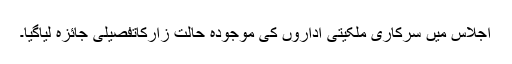
اجلاس میں سرکاری ملکیتی اداروں کی موجودہ حالت زارکاتفصیلی جائزہ لیاگیا۔